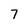
Character: 7